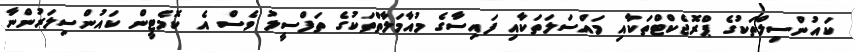
ކައުންސިލްތަކުގެ ޕްރޮޖެކްޓްތަކާއި މައްސަލަތަކާއި ފައިސާގެ މުއާމަލާތްތަކުގެ ތަފްސީލު ވެސް އެ ކޮމެޓީން ކައުންސިލަރުންނާ